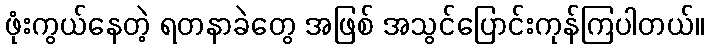
ဖုံးကွယ်နေတဲ့ ရတနာခဲတွေ အဖြစ် အသွင်ပြောင်းကုန်ကြပါတယ်။